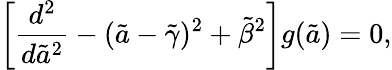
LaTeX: \left[{\frac{d^{2}}{d{\tilde{a}}^{2}}}-(\tilde{a}-{\tilde{\gamma}})^{2}+{\tilde{\beta}}^{2}\right]g(\tilde{a})=0,